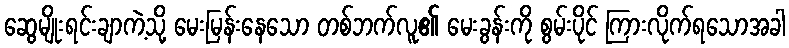
ဆွေမျိုးရင်းချာကဲ့သို့ မေးမြန်းနေသော တစ်ဘက်လူ၏ မေးခွန်းကို စွမ်းပိုင် ကြားလိုက်ရသောအခါ